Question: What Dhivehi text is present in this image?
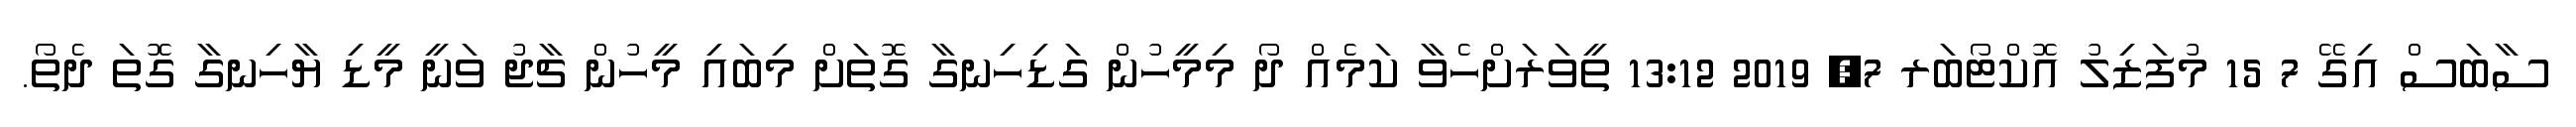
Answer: ސާބަސް އިގޭ 7 15 މުފަޒިލު އޮކްޓޯބަރ 7, 2019 13:12 ތީވަރަށްހެވާ ކަމެއް ދޯ މިމީހުން ގަޑިހިނގާ ގޮތަށް މިބައި މީހުން ޗާޖު ވަނީ މީޑި ޔާހިނގާ ގޮތަ ދެތޯ.